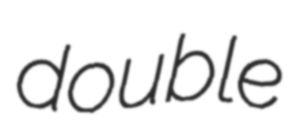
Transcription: double